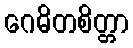
ဂေဓိတစိတ္တာ